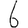
Digit: 6